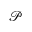
\mathcal { P }